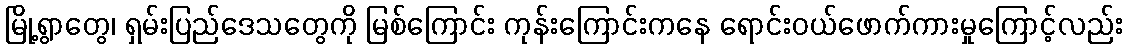
မြို့ရွာတွေ၊ ရှမ်းပြည်ဒေသတွေကို မြစ်ကြောင်း ကုန်းကြောင်းကနေ ရောင်းဝယ်ဖောက်ကားမှုကြောင့်လည်း